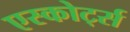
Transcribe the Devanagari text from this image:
एस्कोर्ट्स